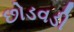
છોડવડી